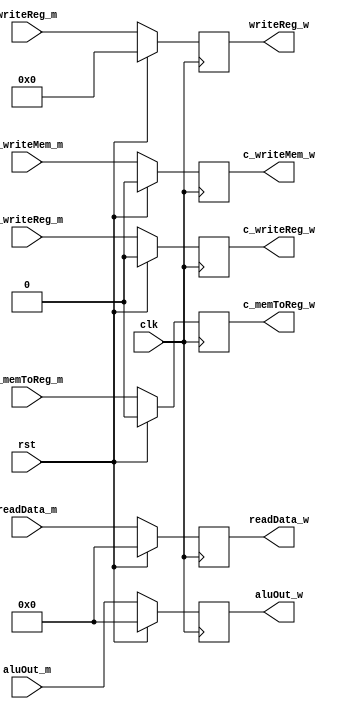
`timescale 1ns / 1ps
//////////////////////////////////////////////////////////////////////////////////
// Company: 
// Engineer: 
// 
// Design Name: 
// Module Name: mem_wb
// Project Name: 
// Target Devices: 
// Tool Versions: 
// Description: 
// 
// Dependencies: 
// 
// Revision:
// Revision 0.01 - File Created
// Additional Comments:
// 
//////////////////////////////////////////////////////////////////////////////////


module mem_wb(
    input clk,rst,c_writeReg_m,c_writeMem_m,c_memToReg_m,
    input [31:0] aluOut_m,readData_m,
    input [4:0] writeReg_m,
    output reg c_writeReg_w,c_writeMem_w,c_memToReg_w,
    output reg [31:0] aluOut_w,readData_w,
    output reg [4:0] writeReg_w
    );
    
    initial
    begin
        c_writeReg_w<=0;
        c_writeMem_w<=0;
        c_memToReg_w<=0;
        aluOut_w<=0;
        readData_w<=0;
        writeReg_w<=0;
    end
    
    always@(posedge clk)
    begin
        if(rst)
        begin
            c_writeReg_w<=0;
            c_writeMem_w<=0;
            c_memToReg_w<=0;
            aluOut_w<=0;
            readData_w<=0;
            writeReg_w<=0;
        end
        else
        begin
            c_writeReg_w<=c_writeReg_m;
            c_writeMem_w<=c_writeMem_m;
            c_memToReg_w<=c_memToReg_m;
            aluOut_w<=aluOut_m;
            readData_w<=readData_m;
            writeReg_w<=writeReg_m;
        end
    end    
endmodule